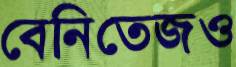
বেনিতেজও